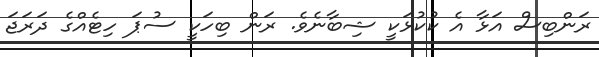
ރަންބިސް އަޅާ އެ ކުކުޅަކީ ޝިބާނެވެ. ރަން ބިހަކީ ސުޕަ ހިޓެއްގެ ދަރަޖަ